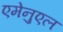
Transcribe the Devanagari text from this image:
एमेनुएल